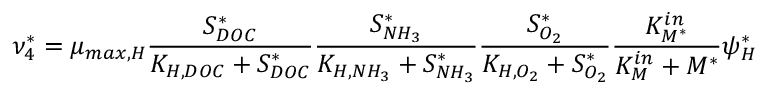
\nu _ { 4 } ^ { * } = \mu _ { m a x , H } \frac { S _ { D O C } ^ { * } } { K _ { H , D O C } + S _ { D O C } ^ { * } } \frac { S _ { N H _ { 3 } } ^ { * } } { K _ { H , N H _ { 3 } } + S _ { N H _ { 3 } } ^ { * } } \frac { S _ { O _ { 2 } } ^ { * } } { K _ { H , O _ { 2 } } + S _ { O _ { 2 } } ^ { * } } \frac { K _ { M ^ { * } } ^ { i n } } { K _ { M } ^ { i n } + M ^ { * } } \psi _ { H } ^ { * }